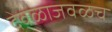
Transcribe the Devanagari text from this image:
देवळाजवळच